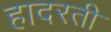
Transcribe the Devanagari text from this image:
हादरती